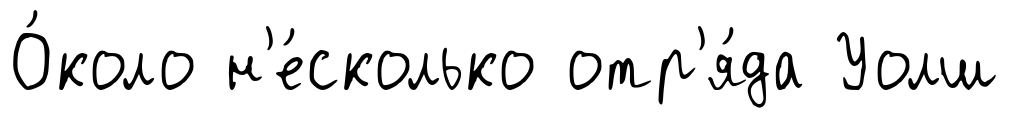
О́коло н'е́сколько отр'я́да Уолш